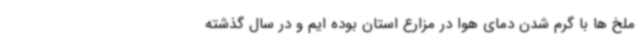
ملخ ها با گرم شدن دمای هوا در مزارع استان بوده ایم و در سال گذشته